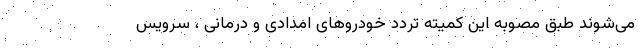
می‌شوند طبق مصوبه این کمیته تردد خودروهای امدادی و درمانی ، سرویس